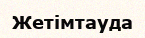
Жетімтауда